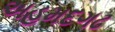
અહમદગઢ